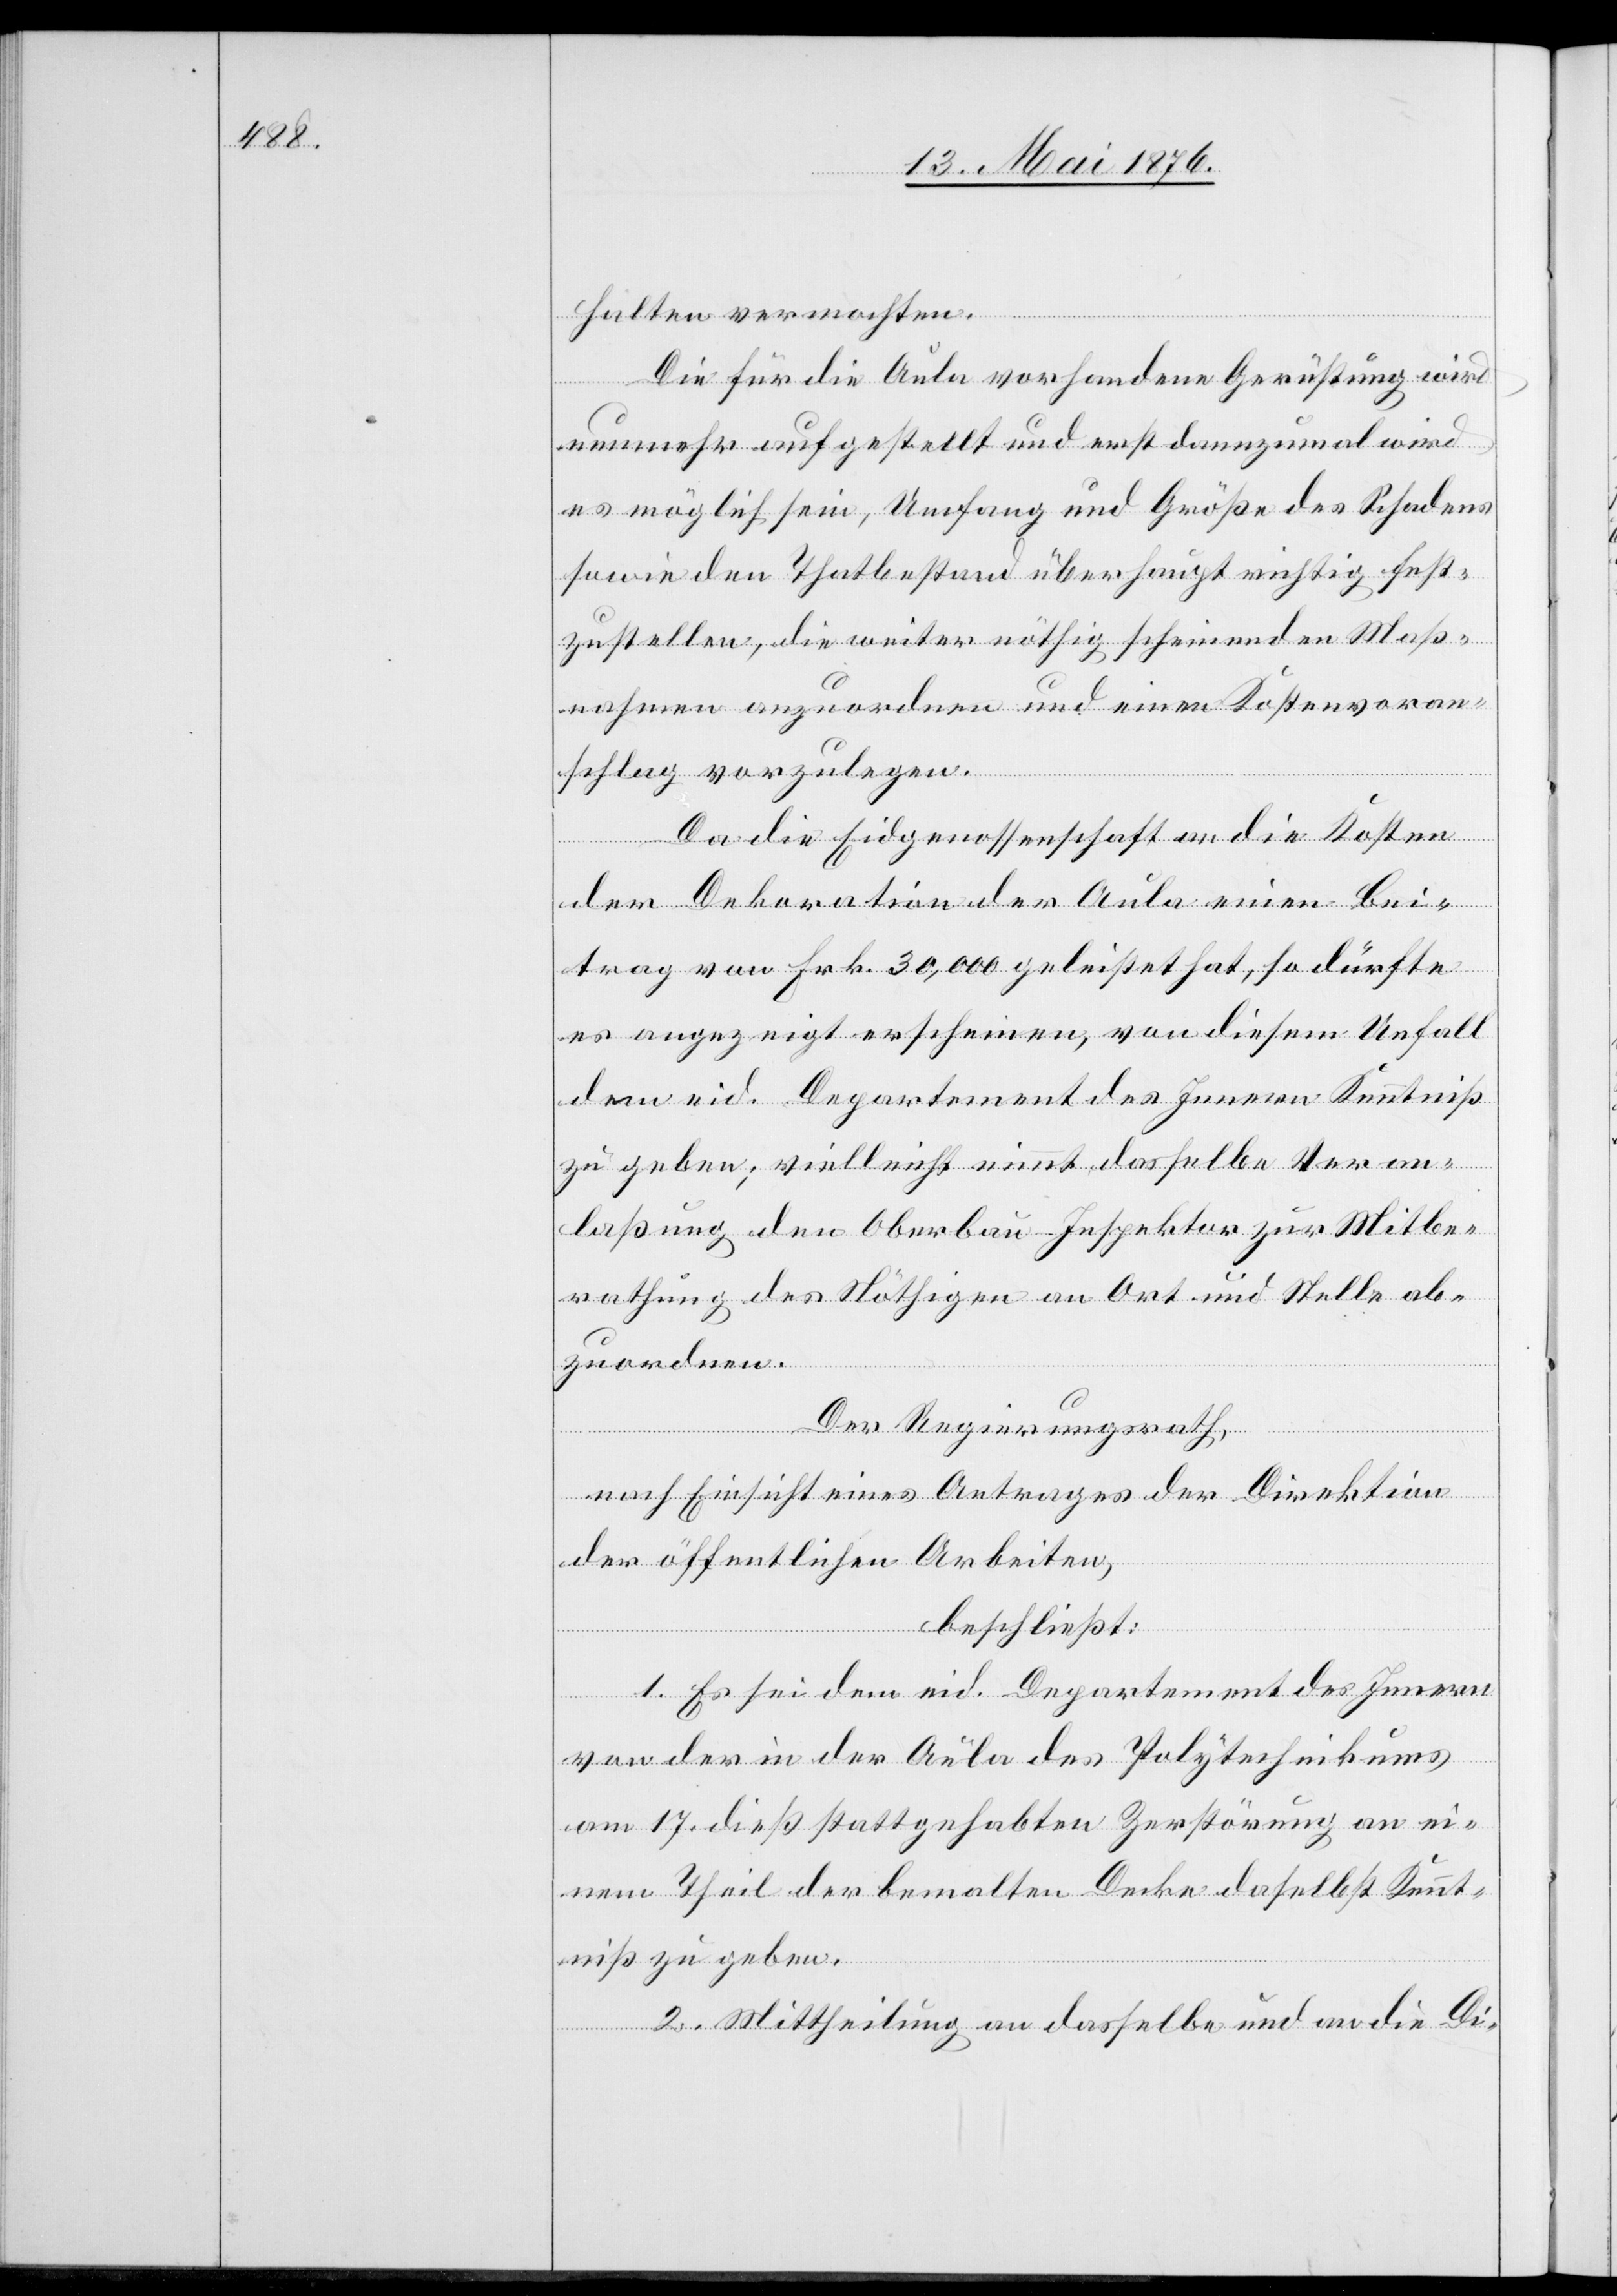
halten vermochten.
Die für die Aula vorhandene Gerüstung wird
nunmehr aufgestellt und erst dannzumal wird
es möglich sein, Umfang und Größe des Schadens
sowie den Thatbestand überhaupt richtig fest¬
zustellen, die weiter nöthig scheinenden Maß¬
nahmen anzuordnen und einen Kostenvoran¬
schlag vorzulegen.
Da die Eidgenossenschaft an die Kosten
der Dekoration der Aula einen Bei¬
trag von Frk. 30,000 geleistet hat, so dürfte
es angezeigt erscheinen, von diesem Unfall
dem eid. Departement des Innern Kenntniß
zu geben; vielleicht nimmt dasselbe Veran¬
laßung den Oberbau-Inspektor zur Mitbe¬
rathung des Nöthigen an Ort und Stelle ab¬
zuordnen.
Der Regierungsrath,
nach Einsicht eines Antrages der Direktion
der öffentlichen Arbeiten,
beschließt:
1. Es sei dem eid. Departement des Innern
von der in der Aula des Polytechnikums
am 17. dieß stattgehabten Zerstörung an ei¬
nem Theil der bemalten Decke daselbst Kennt¬
niß zu geben.
2. Mittheilung an dasselbe und an die Di-